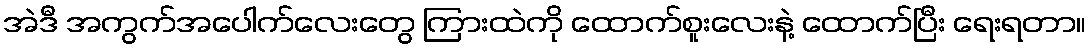
အဲဒီ အကွက်အပေါက်လေးတွေ ကြားထဲကို ထောက်စူးလေးနဲ့ ထောက်ပြီး ရေးရတာ။